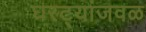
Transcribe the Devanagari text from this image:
घरट्यांजवळ